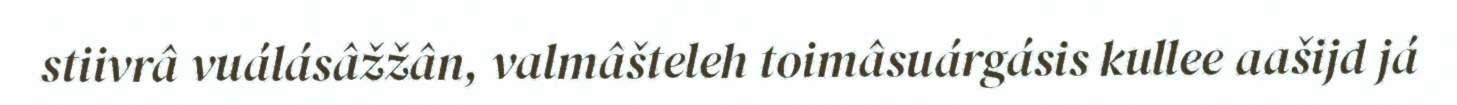
stiivrâ vuálásâžžân, valmâšteleh toimâsuárgásis kullee aašijd já